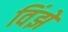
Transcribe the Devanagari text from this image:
विंझे